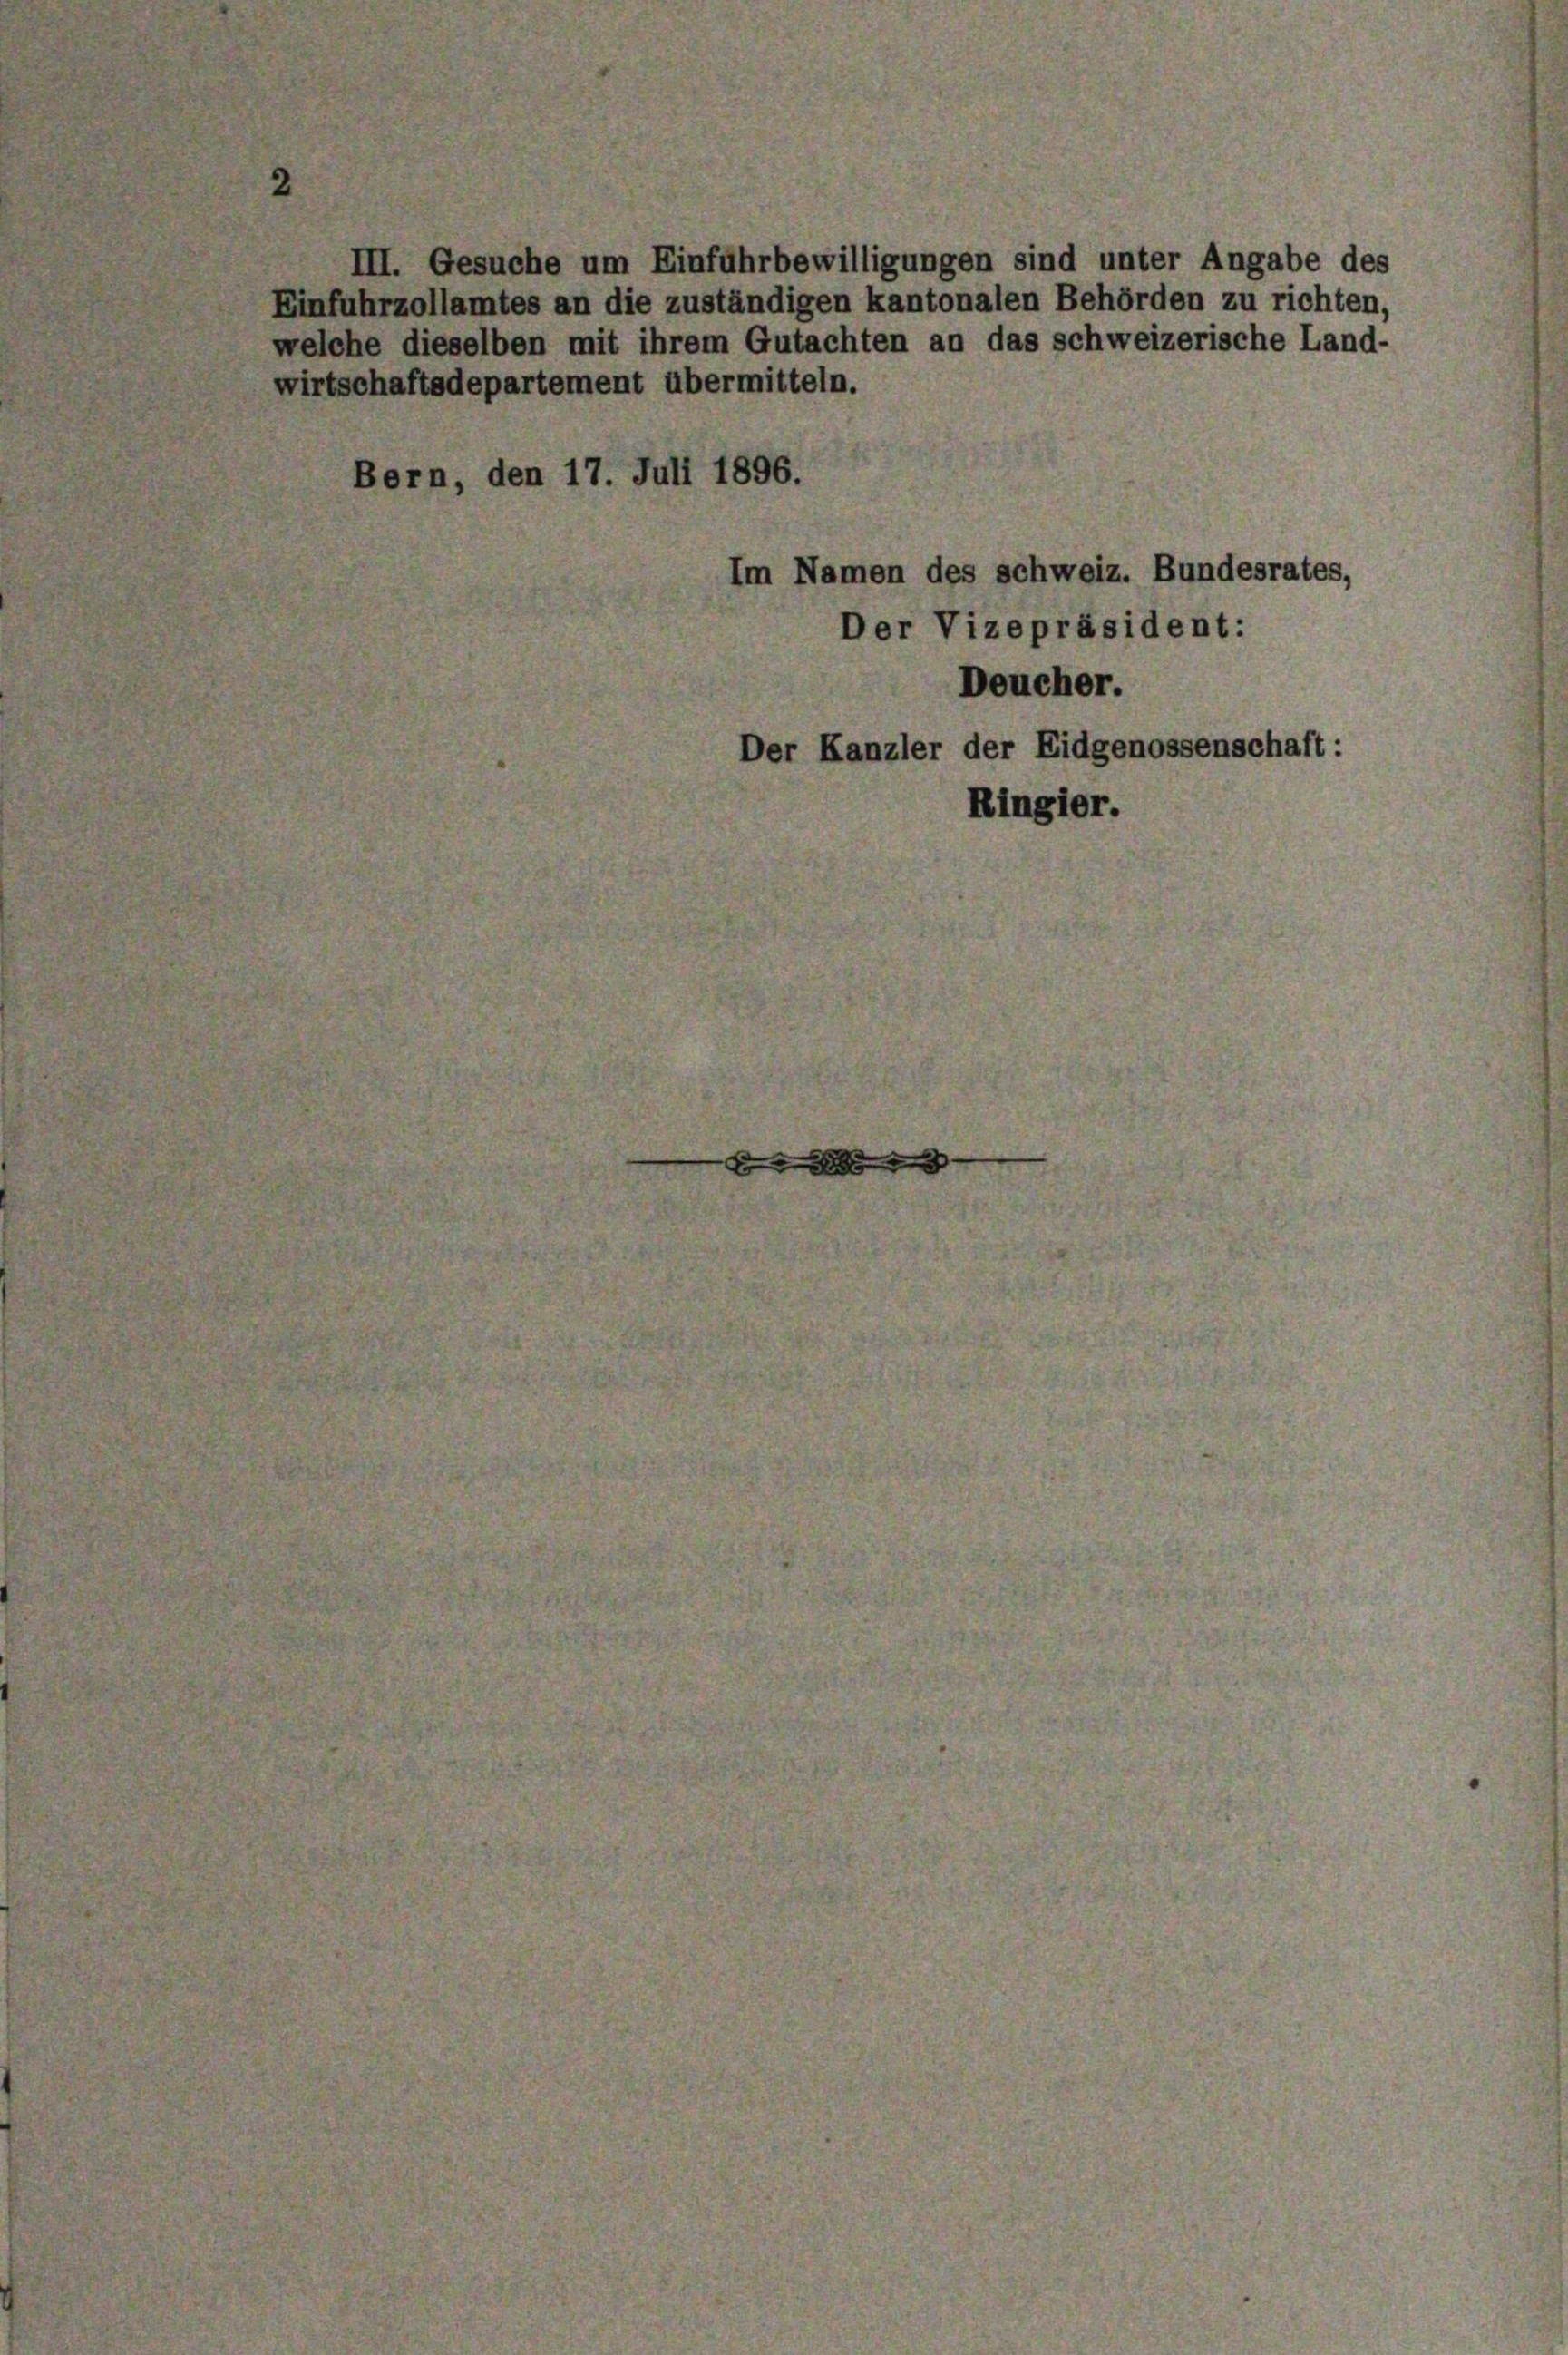
III. Gesuche um Einfuhrbewilligungen sind unter Angabe des
Einfuhrzollamtes an die zuständigen kantonalen Behörden zu richten,
welche dieselben mit ihrem Gutachten an das schweizerische Land-

wirtschaftsdepartement übermitteln.
Bern, den 17. Juli 1896.
Im Namen des schweiz. Bundesrates,
Der Vizepräsident:
Deucher.
Der Kanzler der Eidgenossenschaft:
Ringier.